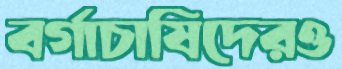
বর্গাচাষিদেরও